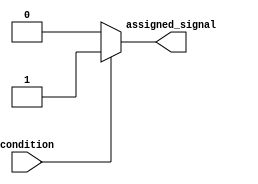
module simple_assign (
    input wire condition,
    output reg assigned_signal
);

always @(*) begin
    if (condition) begin
        assigned_signal <= 1'b1;
    end else begin
        assigned_signal <= 1'b0;
    end
end

endmodule